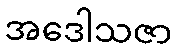
အဒေါသဇာ